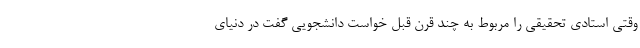
وقتی استادی تحقیقی را مربوط به چند قرن قبل خواست دانشجویی گفت در دنیای